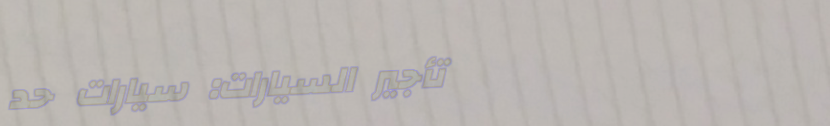
تأجير السيارات: سيارات حد